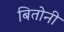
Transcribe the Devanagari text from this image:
बितोनी